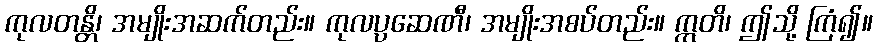
ကုလတန္တိ၊ အမျိုးအဆက်တည်း။ ကုလပ္ပဆေဏီ၊ အမျိုးအစပ်တည်း။ ဣတိ၊ ဤသို့ ကြံ၍။